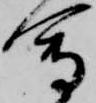
会